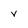
Character: v